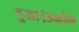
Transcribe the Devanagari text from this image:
हुआ।उन्होंने